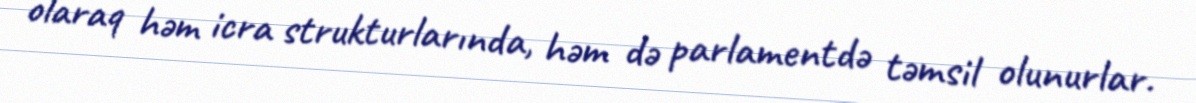
olaraq həm icra strukturlarında, həm də parlamentdə təmsil olunurlar.